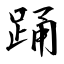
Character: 踊